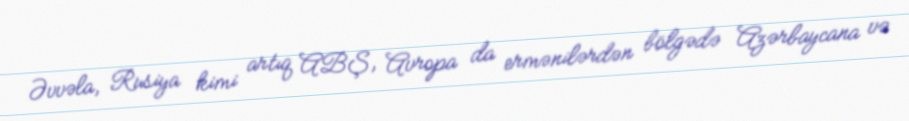
Əvvəla, Rusiya kimi artıq ABŞ, Avropa da ermənilərdən bölgədə Azərbaycana və